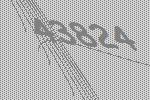
43824